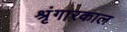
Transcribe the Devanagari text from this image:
श्रृंगारकाल